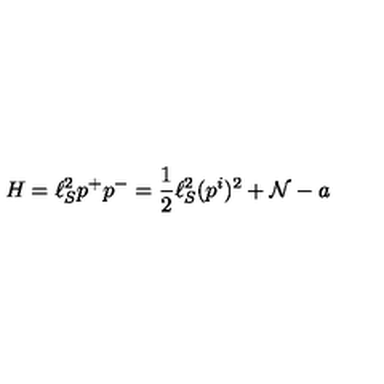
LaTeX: H = \ell _ { S } ^ { 2 } p ^ { + } p ^ { - } = \frac { 1 } { 2 } \ell _ { S } ^ { 2 } ( p ^ { i } ) ^ { 2 } + { \cal N } - a